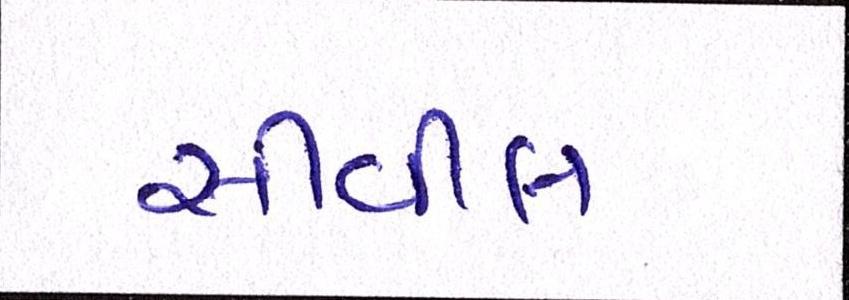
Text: સીવીલ